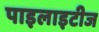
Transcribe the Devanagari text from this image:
पाइलाइटीज